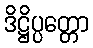
ဒိဋ္ဌိပ္ပတ္တော